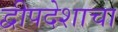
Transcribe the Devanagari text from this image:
द्वीपदेशाचा